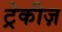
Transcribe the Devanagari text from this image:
ट्रेकीज़